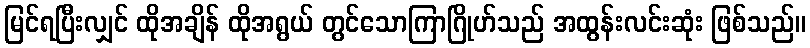
မြင်ရပြီးလျှင် ထိုအချိန် ထိုအရွယ် တွင်သောကြာဂြိုဟ်သည် အထွန်းလင်းဆုံး ဖြစ်သည်။